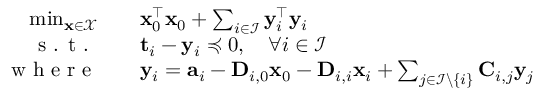
\begin{array} { r l } { \operatorname* { m i n } _ { \mathbf { x } \in \mathcal { X } } \quad } & { \mathbf { x } _ { 0 } ^ { \top } \mathbf { x } _ { 0 } + \sum _ { i \in \mathcal { I } } \mathbf { y } _ { i } ^ { \top } \mathbf { y } _ { i } } \\ { \textrm { s . t . } \quad } & { \mathbf { t } _ { i } - \mathbf { y } _ { i } \preccurlyeq 0 , \quad \forall i \in \mathcal { I } } \\ { \textrm { w h e r e } \quad } & { \mathbf { y } _ { i } = \mathbf { a } _ { i } - \mathbf { D } _ { i , 0 } \mathbf { x } _ { 0 } - \mathbf { D } _ { i , i } \mathbf { x } _ { i } + \sum _ { j \in \mathcal { I } \backslash \{ i \} } \mathbf { C } _ { i , j } \mathbf { y } _ { j } } \end{array}